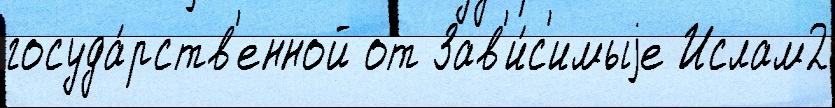
госуда́рств'енной от Зав'и́с'имыjе Ислам2